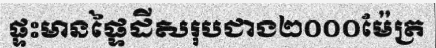
ផ្ទះមានផ្ទៃដីសរុបជាង២០០០ម៉ែត្រ